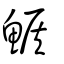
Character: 鯸